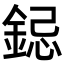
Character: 𮢁